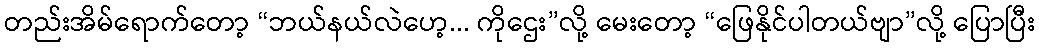
တည်းအိမ်ရောက်တော့ “ဘယ်နယ်လဲဟေ့... ကိုဌေး”လို့ မေးတော့ “ဖြေနိုင်ပါတယ်ဗျာ”လို့ ပြောပြီး